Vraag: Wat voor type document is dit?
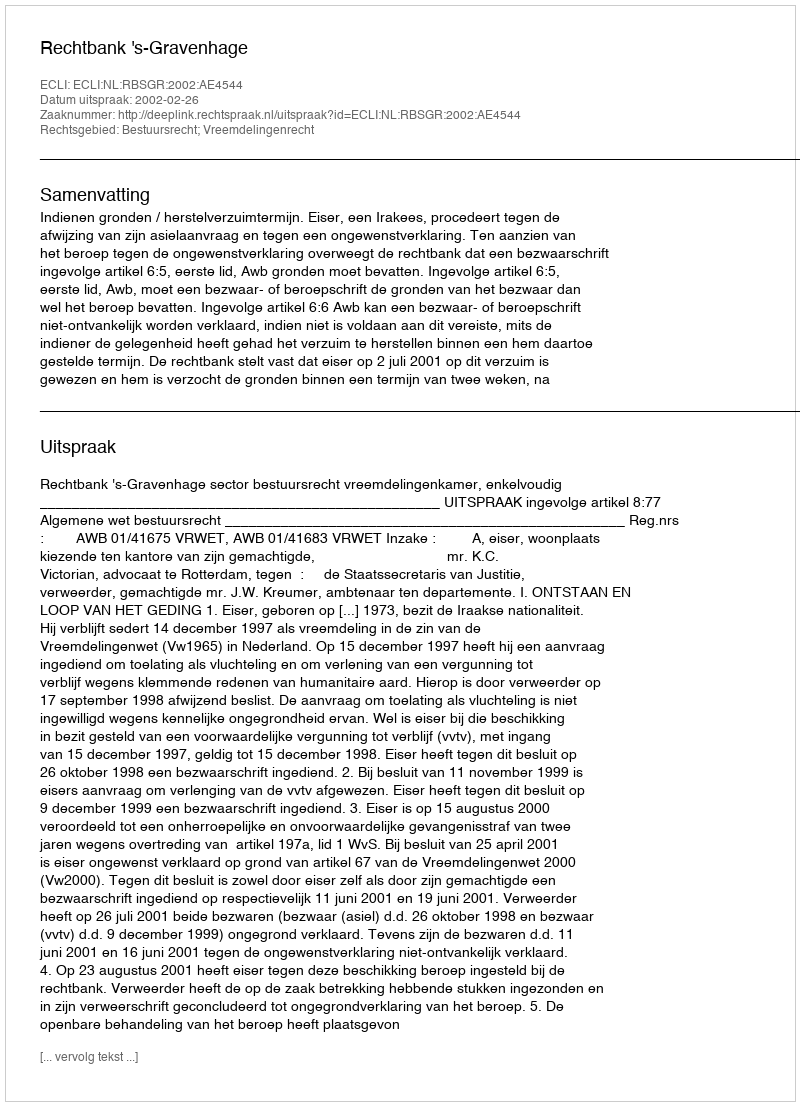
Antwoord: Uitspraak